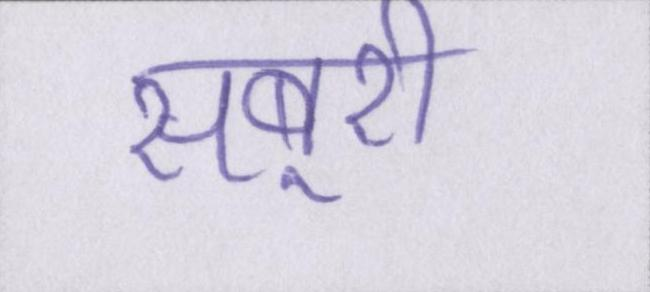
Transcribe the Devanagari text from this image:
सबूरी